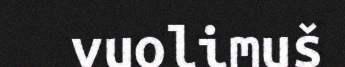
vuolimuš